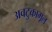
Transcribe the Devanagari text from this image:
अवटुकामूल